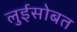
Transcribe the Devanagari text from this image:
लुईसोबत